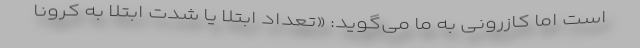
است اما کازرونی به ما می‌گوید: «تعداد ابتلا یا شدت ابتلا به کرونا